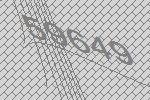
59649